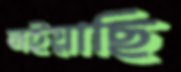
লইয়াছি